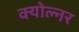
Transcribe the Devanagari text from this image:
क्योल्नर